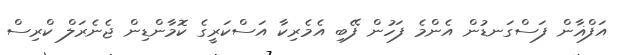
އަފްޣާން ފަސްގަނޑުން އެންމެ ފަހުން ފޭބި އެމެރިކާ އަސްކަރީގެ ކޮމާންޑިން ޖެނެރަލް ކްރިސް